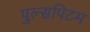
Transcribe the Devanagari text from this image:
पुल्सपिटम